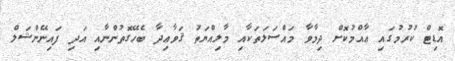
އޮޑިޓް ކުރުމުގައި ޢާއްމުކޮށް ދިމާވާ މައްސަލަތަކާއި މާލިއްޔަތު ޤަވާޢިދާ ބެހޭގޮތުންނާއި އަދި ފައިނޭންޝަލް